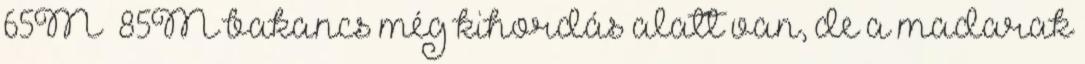
65M 85M bakancs még kihordás alatt van, de a madarak